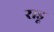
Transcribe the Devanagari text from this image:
राडू